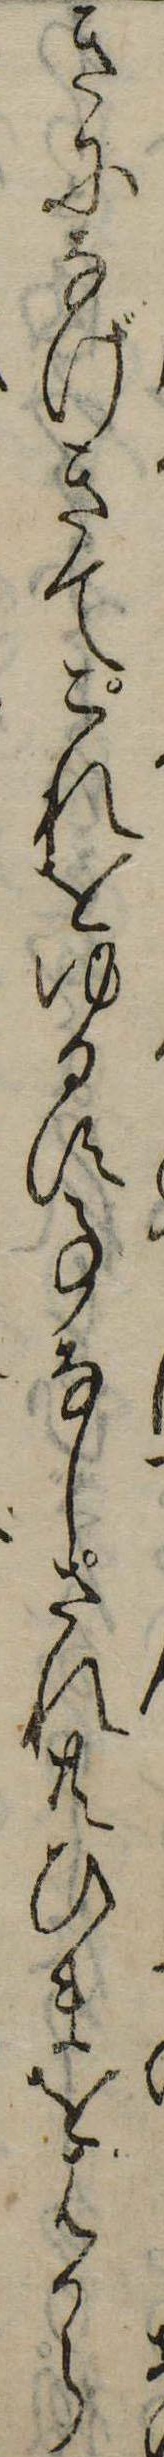
きになげきてこれをゆるす事なしされ共ひまをはから